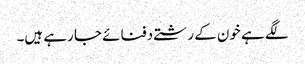
لگے ہے خون کے رشتے دفنائے جا رہے ہیں۔